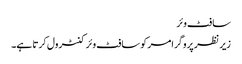
سافٹ وئر
زیر نظر پروگرامر کو سافٹ وئر کنٹرول کرتا ہے۔